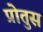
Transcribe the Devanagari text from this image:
प्रोतुस